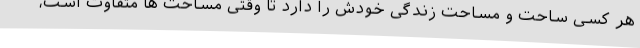
هر کسی ساحت و مساحت زندگی خودش را دارد تا وقتی مساحت ها متفاوت است،